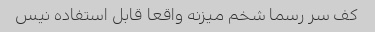
کف سر رسما شخم میزنه واقعا قابل استفاده نیس